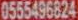
0555496824